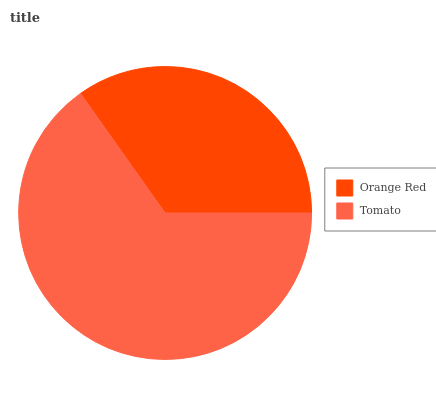
| Orange Red | Tomato |
 | --- | --- |
 | 34.8% | 65.2% |